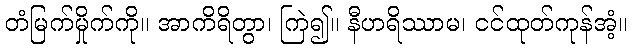
တံမြက်မှိုက်ကို။ အာကိရိတွာ၊ ကြဲ၍။ နီဟရိဿာမ၊ ငင်ထုတ်ကုန်အံ့။